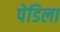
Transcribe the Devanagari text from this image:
पेडिला